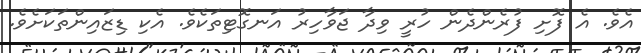
އެވެ. އެ ފޮށި ފުރެންދެން ހުރީ ވިދާ ޖަވާހިރު އަނގޮޓިތަކެވެ. އެކި ޑިޒައިންތަކަށެވެ.